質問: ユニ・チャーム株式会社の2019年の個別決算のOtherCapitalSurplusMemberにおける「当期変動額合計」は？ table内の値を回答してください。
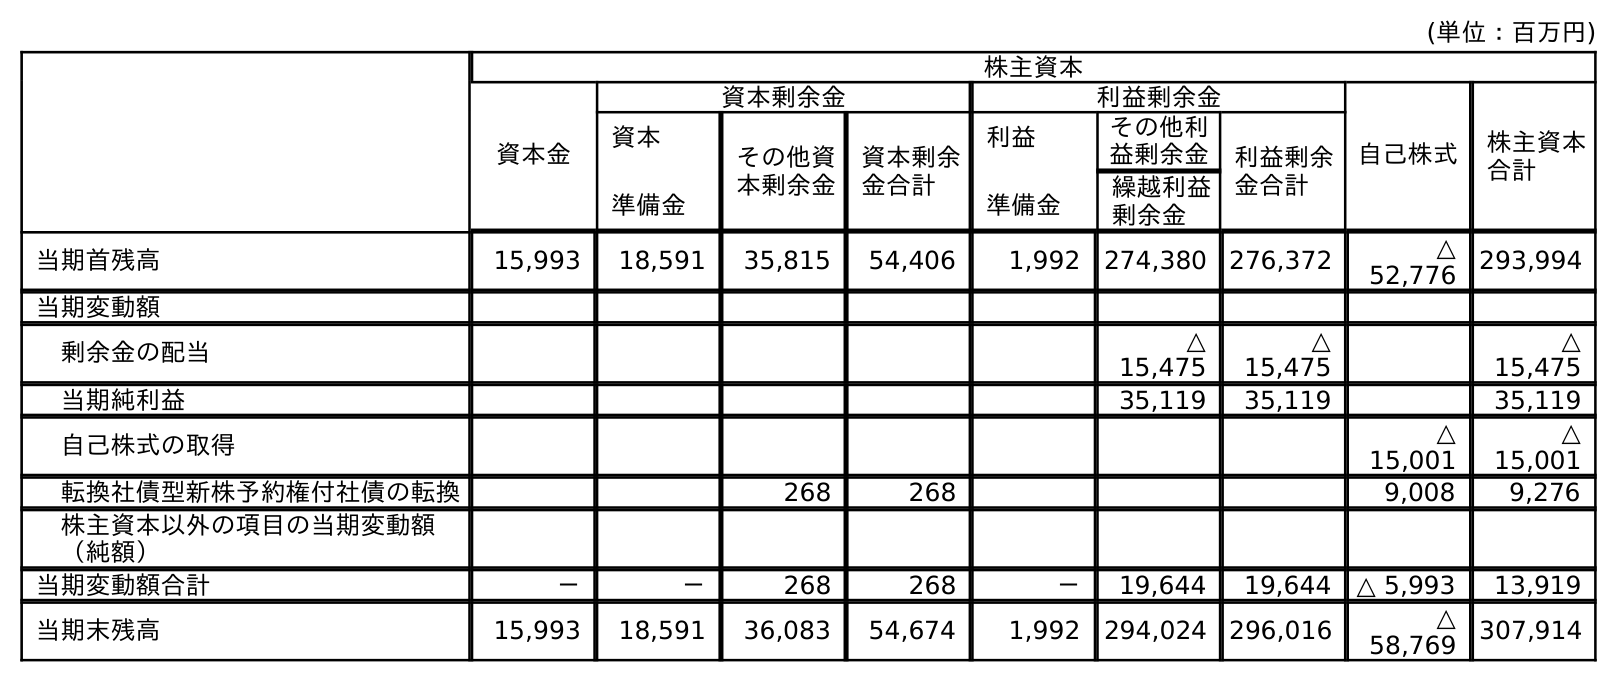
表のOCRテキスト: (単位：百万円) 株主資本 資本金 資本剰余金 利益剰余金 自己株式 株主資本 合計 資本 準備金 その他資 本剰余金 資本剰余 金合計 利益 準備金 その他利 益剰余金 利益剰余 金合計 繰越利益 剰余金 当期首残高 15,993 18,591 35,815 54,406 1,992 274,380 276,372 △ 52,776 293,994 当期変動額 剰余金の配当 △ 15,475 △ 15,475 △ 15,475 当期純利益 35,119 35,119 35,119 自己株式の取得 △ 15,001 △ 15,001 転換社債型新株予約権付社債の転換 268 268 9,008 9,276 株主資本以外の項目の当期変動額 （純額） 当期変動額合計 － － 268 268 － 19,644 19,644 △ 5,993 13,919 当期末残高 15,993 18,591 36,083 54,674 1,992 294,024 296,016 △ 58,769 307,914
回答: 268